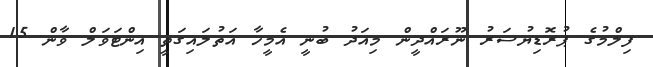
ފިލްމުގެ ޕުރޮޑިޔުސަރު ނޫރައްދީން މިއަދު ބުނީ އެމީހާ އަތުލައިގަތީ އިންޓަވަލް ވާން 15